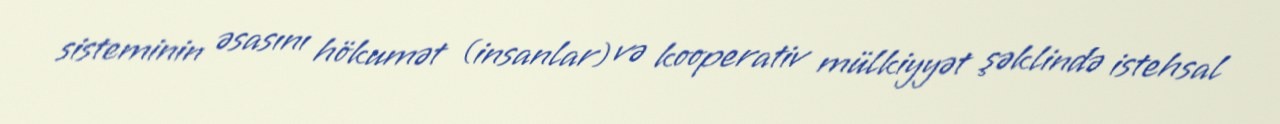
sisteminin əsasını hökumət (insanlar) və kooperativ mülkiyyət şəklində istehsal